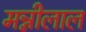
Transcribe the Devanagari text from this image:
मन्नीलाल